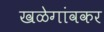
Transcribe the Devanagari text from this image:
खळेगांवकर